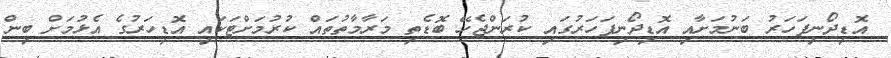
އޮޑިދޯނިފަހަރު ބަނުމަށާއި އޮޑިދޯނިފަހަރުގައި ކުރަންޖެހޭ ބޮޑެތި މަރާމާތުތައް ކުރުމަށްޓަކައި އޮޑިހަރުގެ އެޅުމަށް ބިން